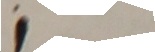
1